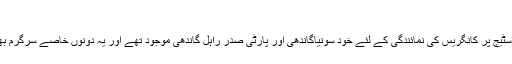
‘‘
بنگلور کے اسٹیج پر کانگریس کی نمائندگی کے لئے خود سونیاگاندھی اور پارٹی صدر راہل گاندھی موجود تھے اور یہ دونوں خاصے سرگرم بھی نظر آئے۔